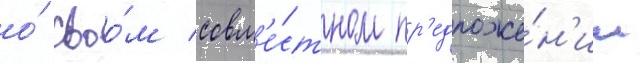
о́ своо́м совм'е́стном пр'едложе́н'ии